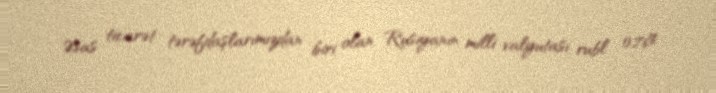
Əsas ticarət tərəfdaşlarımızdan biri olan Rusiyanın milli valyutası rubl 0,76%